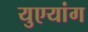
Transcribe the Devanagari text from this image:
युएयांग